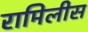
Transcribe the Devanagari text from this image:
रामिलीस